system: You are a helpful assistant.
user:
Analyze the provided spectrum to determine if it is a **Carbon Star (C-type)**.

- **Key Visual Indicators of Carbon Star:**
    - **(Primary):** Strong molecular absorption from **C₂ (diatomic carbon) "Swan Bands."** This is the **defining feature** of a carbon star.
        - **(Key Bandheads):** Sharp absorption edges are visible at approximately $5635$ Å, $5165$ Å (the strongest band), and $4737$ Å.
        - **(Line Profile):** Creates a distinct **"saw-tooth"** pattern. The key morphology is a sharp, steep bandhead on the **red (long-wavelength) side**, which then gradually tapers off (i.e., flux recovers) towards the **blue (short-wavelength) side**. *(This is the direct opposite of the TiO bands seen in M-type stars)*.

    - **(Secondary):** Intense **CN (cyanogen)** molecular absorption bands.
        - **(Key Bandheads):** Located in the blue and violet regions of the spectrum (e.g., near $4215$ Å and $3883$ Å).
        - **(Morphology):** These bands are extremely broad and act as a "blanket," absorbing the vast majority of blue and violet light. This creates a characteristic **"cliff"** or **"steep drop-off"** in the spectrum's flux at short wavelengths.

    - **(Key Confirmation):** Strong **CH absorption band (G-band)**.
        - **(Key Bandhead):** Located around $4300$ Å. The contribution from CH molecules to this band is exceptionally strong.

    - **(Overall Spectrum):**
        - The continuum is severely "chopped up" by these deep molecular bands, especially C₂, rather than appearing as a smooth curve.
        - Due to the heavy CN and C₂ absorption in the blue-green, the vast majority of the star's flux is concentrated in the red part of the spectrum, giving the star its characteristic deep red color.

Think first, call **spectral_visualization_tool** if needed to examine features in detail, then provide your final answer. Your response must adhere to the following strict rules:
1.  **Overall Structure:** Your response must follow the format `<think>...</think> <tool_call>...</tool_call> (if a tool is used) <answer>...</answer>`.
2.  **Tool Usage Constraint:** You may only make **one** tool call per turn.
3.  **Final Answer Format:** In the `<answer>` tag, your conclusion must be inside a `\boxed{}` command (e.g., `\boxed{YES}`), followed by your justification.

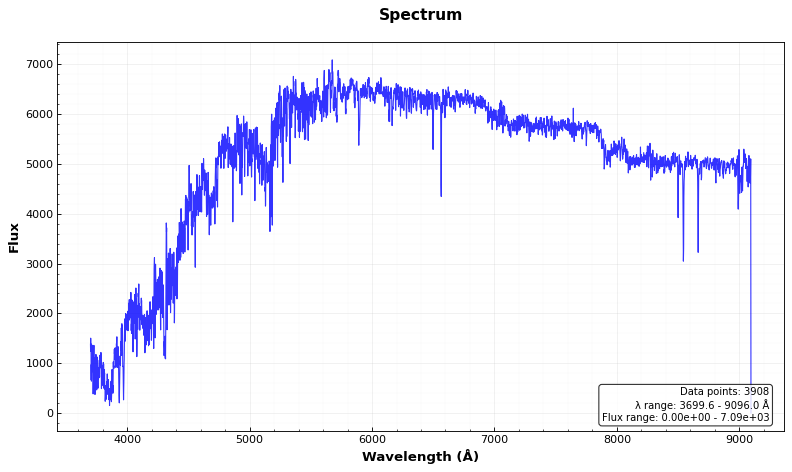
Answer: YES